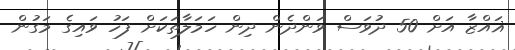
ޣައްޒާ އަށް 50 ދުވަސް ވަންދެން ދިން ހަމަލާތަކަށް ފަހު ވައިގެ މަގުން